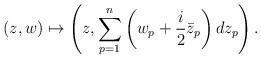
LaTeX: \begin{align*}(z,w) \mapsto \left( z, \sum_{p=1}^n \left( w_p + \frac{i}{2} \bar{z}_p \right) dz_p \right).\end{align*}